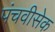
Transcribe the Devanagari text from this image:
पंचवीसेक